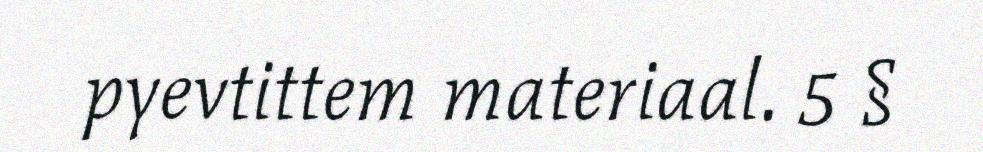
pyevtittem materiaal. 5 §